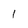
Character: 1